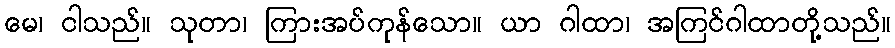
မေ၊ ငါသည်။ သုတာ၊ ကြားအပ်ကုန်သော။ ယာ ဂါထာ၊ အကြင်ဂါထာတို့သည်။